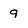
Character: 9